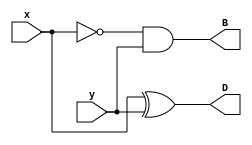
module Lab2_half_sub_dataflow(D, B, x, y);
	output D, B;
	input x, y;
	assign D=x^y;
	assign B=(!x)&y;
endmodule